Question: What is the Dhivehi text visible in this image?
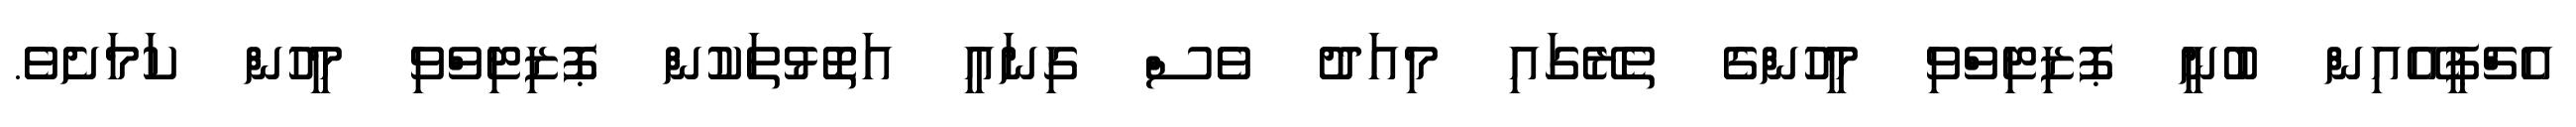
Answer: އެޗްޕީއޭއިން ބުނީ ޕޮޒިޓިވްވި މީހުންގެ ތެރޭގައި މިއަދު ވެސް ގިނައީ އަތޮޅުތަކުން ޕޮޒިޓިވްވި މީހުން ކަމަށެވެ.